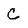
Character: C